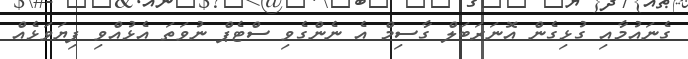
ގެނައުމާއި ގުޅިގެން އޮނަރަބަލް ގާސިމް އެ ނެންގެވި ސްޓެޕް ނުވަތަ އެޅުއްވި ފިޔަވަޅެއް